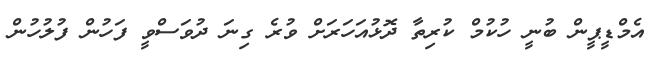
އެމްޑީޕީން ބުނީ ހުކުމް ކުރިތާ ދޮޅުއަހަރަށް ވުރެ ގިނަ ދުވަސްވީ ފަހުން ފުލުހުން